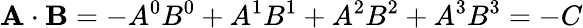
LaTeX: \mathbf{A}\cdot\mathbf{B}=-A^{0}B^{0}+A^{1}B^{1}+A^{2}B^{2}+A^{3}B^{3}=-C